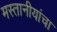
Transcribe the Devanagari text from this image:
मस्तानीयांचा